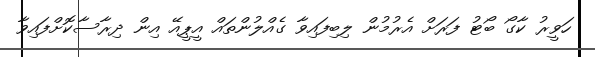
ހަވީރު ކާގޯ ބޯޓު ފަރަށް އެރުމުން ލިބިފައިވާ ގެއްލުންތައް އީޕީއޭ އިން ދިރާސާކޮށްފައިވާ